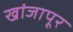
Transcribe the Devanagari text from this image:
खांजापूर